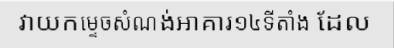
វាយកម្ទេចសំណង់អាគារ១៤ទីតាំង ដែល